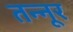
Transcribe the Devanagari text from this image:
तन्नूर